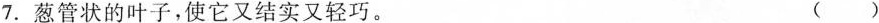
7.葱管状的叶子，使它又结实又轻巧。 ()